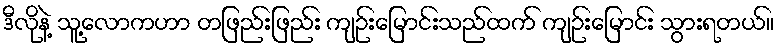
ဒီလိုနဲ့ သူ့လောကဟာ တဖြည်းဖြည်း ကျဉ်းမြောင်းသည်ထက် ကျဉ်းမြောင်း သွားရတယ်။